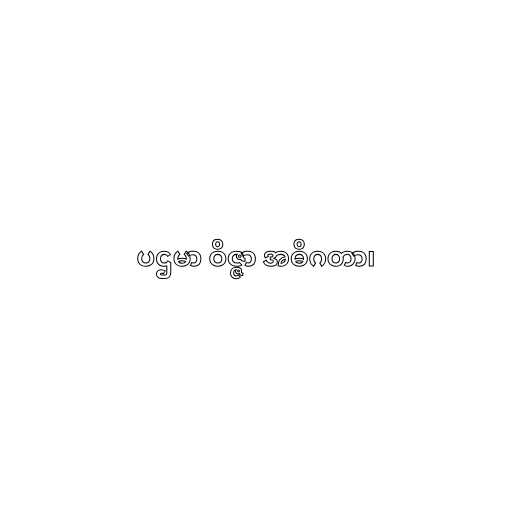
ပဌမာ ဝိဇ္ဇာ အဓိဂတာ၊